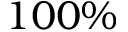
1 0 0 \%